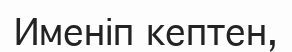
Именіп кептен,